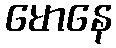
မောနေ